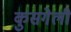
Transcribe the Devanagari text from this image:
कुसगेली